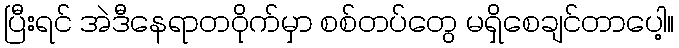
ပြီးရင် အဲဒီနေရာတဝိုက်မှာ စစ်တပ်တွေ မရှိစေချင်တာပေါ့။